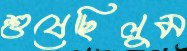
শুষেছিলুম